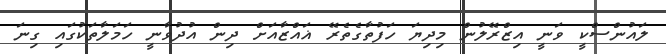
ލައުންސްކީ ވަނީ އިޒްރޭލުން މިދިޔަ ހަފުތާގެތެރޭ ޣައްޒާއަށް ދިން އުދުވާނީ ހަމަލާތަކުގައި ގިނަ